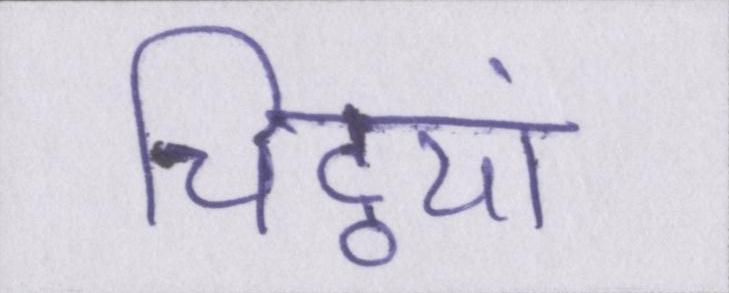
चिट्ठयां